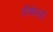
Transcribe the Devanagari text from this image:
तीर्थधारी